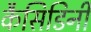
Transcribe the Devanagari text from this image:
कैसिडिनी